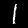
Digit: 1